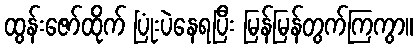
ထွန်းဇော်ထိုက် ပြုံးပဲနေရပြီး မြန်မြန်တွက်ကြကွာ။